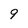
Character: 9